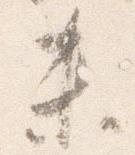
未